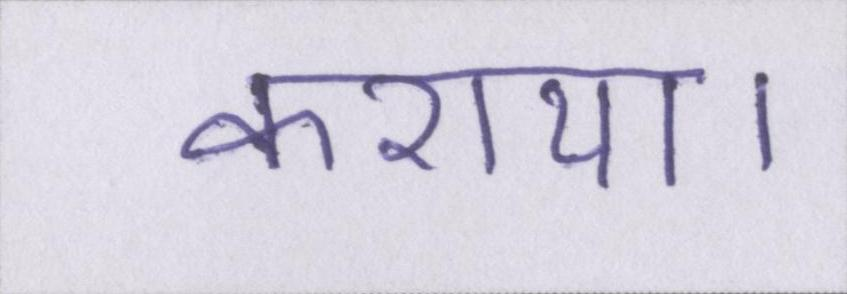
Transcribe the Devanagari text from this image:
कराया।